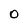
Character: 0